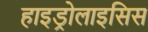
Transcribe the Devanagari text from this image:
हाइड्रोलाइसिस